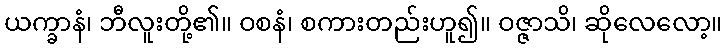
ယက္ခာနံ၊ ဘီလူးတို့၏။ ဝစနံ၊ စကားတည်းဟူ၍။ ဝဇ္ဇာသိ၊ ဆိုလေလော့။